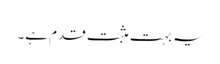
یہ بہت مثبت قدم ہے۔